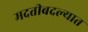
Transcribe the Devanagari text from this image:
मदतीबदल्यात